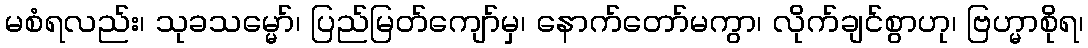
မစံရလည်း၊ သုခသမ္မော်၊ ပြည်မြတ်ကျော်မှ၊ နောက်တော်မကွာ၊ လိုက်ချင်စွာဟု၊ ဗြဟ္မာစိုရ၊